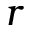
r